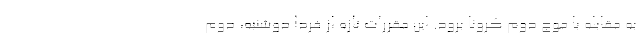
به مقابله با موج دوم کرونا برود. این مقررات تازه از فردا دوشنبه، دوم